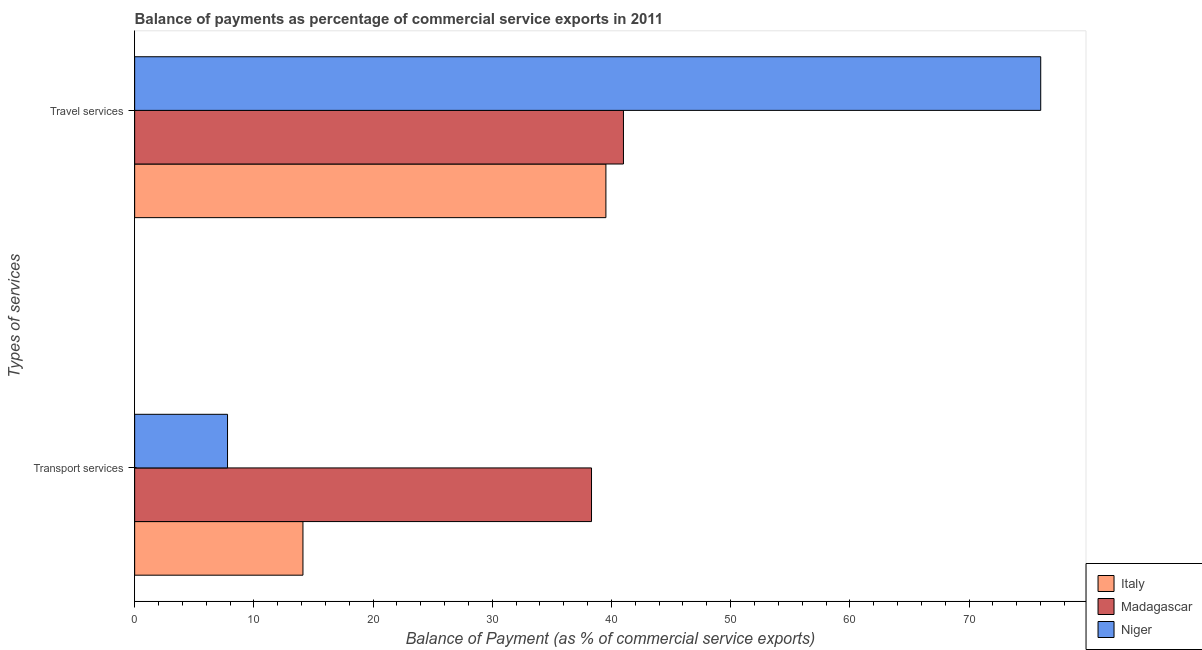
| Types of services | Italy | Madagascar | Niger |
 | --- | --- | --- | --- |
 | Transport services | 14.1 | 38.3 | 7.79 |
 | Travel services | 39.5 | 41 | 76 |